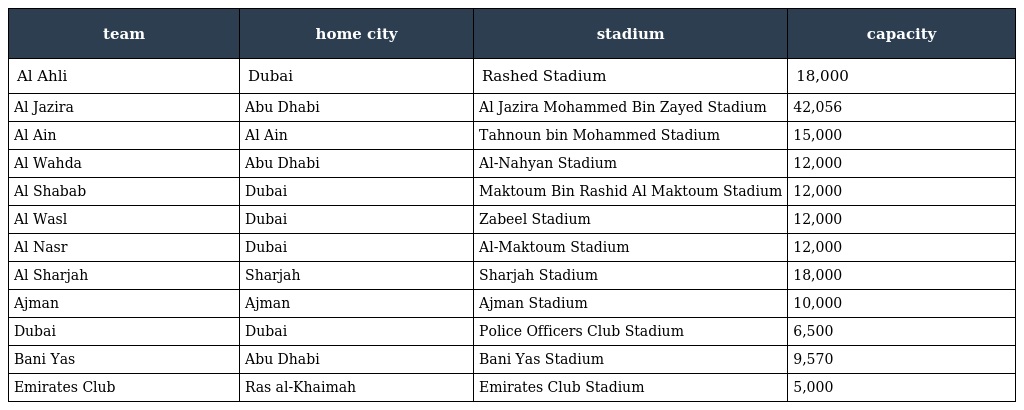
| team | home city | stadium | capacity |
 | --- | --- | --- | --- |
 | Al Ahli | Dubai | Rashed Stadium | 18,000 |
 | Al Jazira | Abu Dhabi | Al Jazira Mohammed Bin Zayed Stadium | 42,056 |
 | Al Ain | Al Ain | Tahnoun bin Mohammed Stadium | 15,000 |
 | Al Wahda | Abu Dhabi | Al-Nahyan Stadium | 12,000 |
 | Al Shabab | Dubai | Maktoum Bin Rashid Al Maktoum Stadium | 12,000 |
 | Al Wasl | Dubai | Zabeel Stadium | 12,000 |
 | Al Nasr | Dubai | Al-Maktoum Stadium | 12,000 |
 | Al Sharjah | Sharjah | Sharjah Stadium | 18,000 |
 | Ajman | Ajman | Ajman Stadium | 10,000 |
 | Dubai | Dubai | Police Officers Club Stadium | 6,500 |
 | Bani Yas | Abu Dhabi | Bani Yas Stadium | 9,570 |
 | Emirates Club | Ras al-Khaimah | Emirates Club Stadium | 5,000 |